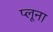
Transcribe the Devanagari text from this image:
प्लूना